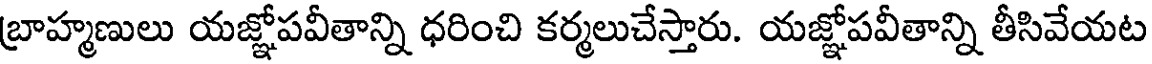
బ్రాహ్మణులు యజ్ఞోపవీతాన్ని ధరించి కర్మలుచేస్తారు. యజ్ఞోపవీతాన్ని తీసివేయట